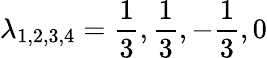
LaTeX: \lambda_{1,2,3,4}=\frac{1}{3},\frac{1}{3},-\frac{1}{3},0